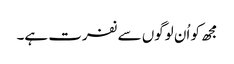
مجھ کو اُن لوگوں سے نفرت ہے۔